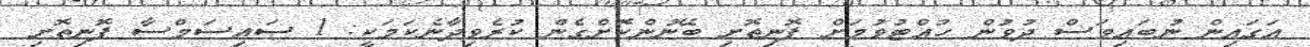
އަގައިން ނުބައިވަސް ދުވުން ހުއްޓުވުމަށް ފޮނިތޮށި ބޭނުންކޮށްގެން ކުރެވިދާނެކަމަކީ: 1 ސައިސަމްސާ ފޮނިތޮށި